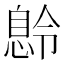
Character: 𫺽